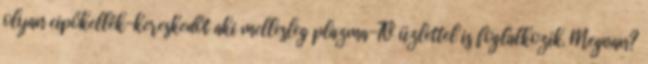
olyan cipőkellék-kereskedőt aki mellesleg plazma-TV üzlettel is foglalkozik. Megvan?